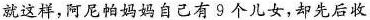
就这样，阿尼帕妈妈自己有9个儿女，却先后收